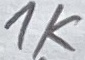
Text: 1K